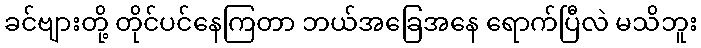
ခင်ဗျားတို့ တိုင်ပင်နေကြတာ ဘယ်အခြေအနေ ရောက်ပြီလဲ မသိဘူး